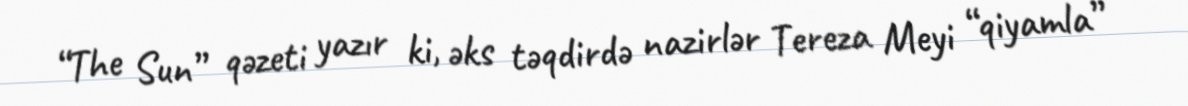
“The Sun” qəzeti yazır ki, əks təqdirdə nazirlər Tereza Meyi “qiyamla”